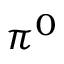
\pi ^ { 0 }